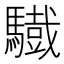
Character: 𩦕